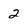
Character: 2